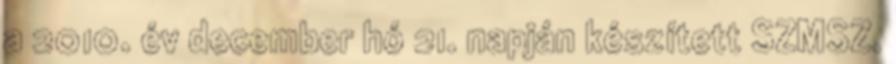
a 2010. év december hó 21. napján készített SZMSZ.